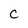
Character: C